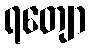
ရတျော